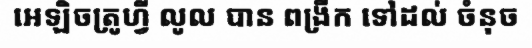
អេឡិចត្រូហ្វី លូល បាន ពង្រីក ទៅដល់ ចំនុច